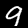
Digit: 9